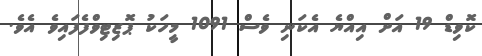
ކޮވިޑް 19 އަށް އިއްޔެ އެކަނި ވެސް 1091 މީހަކު ޕޮޒިޓިވްފެފައިވެ އެވެ.